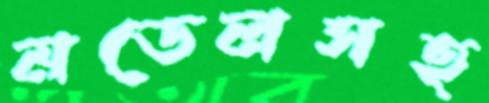
মডেলসহ